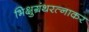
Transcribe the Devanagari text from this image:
भिक्षुग्रंथरत्नाकर